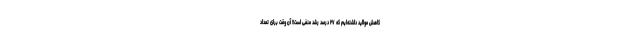
کاهش موالید داشته‌ایم که ۲۷ درصد رشد منفی است!! آن وقت برای تعداد